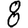
Digit: 8